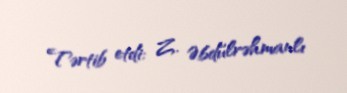
Tərtib etdi: Z. Əbdülrəhmanlı